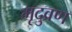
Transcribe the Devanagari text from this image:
मृदुव्रण